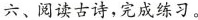
六、阅读古诗，完成练习。